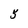
Character: 5